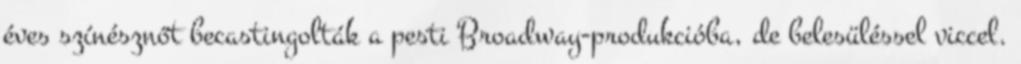
éves színésznőt becastingolták a pesti Broadway-produkcióba, de belesüléssel viccel.